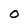
Character: o